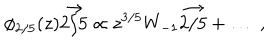
LaTeX: \phi _ { 2 / 5 } ( z ) \vec { 2 / 5 } \propto z ^ { 3 / 5 } W _ { - 1 } \vec { 2 / 5 } + \ldots \; ,